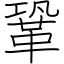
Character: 鞏